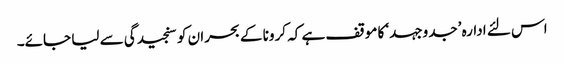
اس لئے ادارہ ’جدوجہد‘ کا موقف ہے کہ کرونا کے بحران کو سنجیدگی سے لیا جائے۔